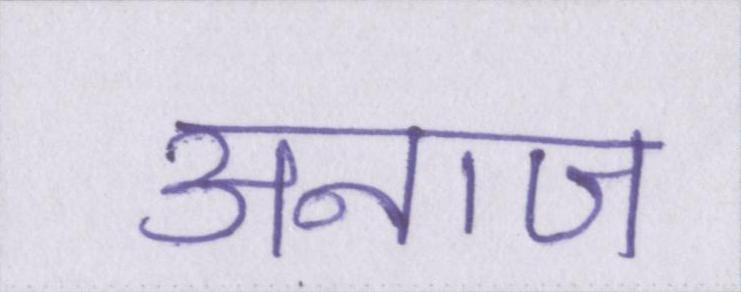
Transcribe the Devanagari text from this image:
अनाज